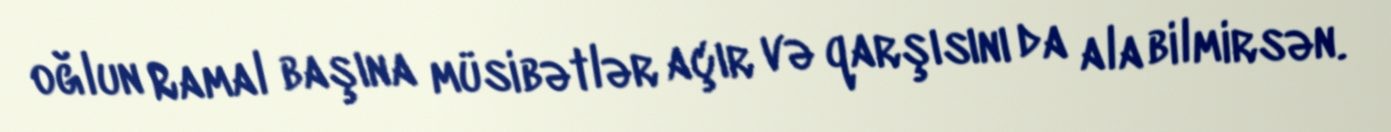
oğlun Ramal başına müsibətlər açır və qarşısını da ala bilmirsən.